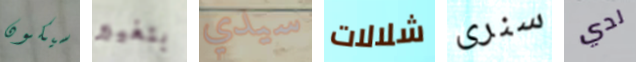
سيكون بتغيير سيدي شلالات سنرى لدي